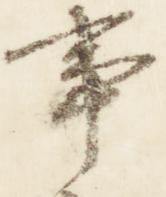
事